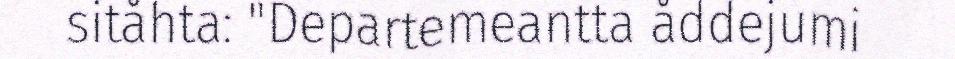
sitåhta: "Departemeantta åddejumi